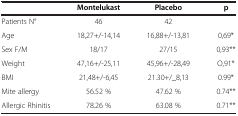
<table><thead><tr><td><b> </b></td><td><b>Montelukast</b></td><td><b>Placebo</b></td><td><b>p</b></td></tr></thead><tbody><tr><td>Patients N°</td><td>46</td><td>42</td><td> </td></tr><tr><td>Age</td><td>18,27+/-14,14</td><td>16,88+/-13,81</td><td>0,69*</td></tr><tr><td>Sex F/M</td><td>18/17</td><td>27/15</td><td>0,93**</td></tr><tr><td>Weight</td><td>47,16+/-25,11</td><td>45,96+/-28,49</td><td>O,91*</td></tr><tr><td>BMI</td><td>21,48+/-6,45</td><td>21.30+/_8,13</td><td>0.99*</td></tr><tr><td>Mite allergy</td><td>56.52 %</td><td>47.62 %</td><td>0.74**</td></tr><tr><td>Allergic Rhinitis</td><td>78.26 %</td><td>63.08 %</td><td>0.71**</td></tr></tbody></table>